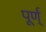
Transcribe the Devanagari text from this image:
पूर्ण्